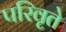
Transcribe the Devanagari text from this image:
परिवृते